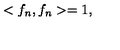
< f _ { n } , f _ { n } > = 1 ,